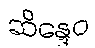
ဆိန္ဒေဝ